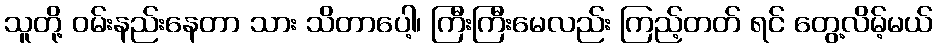
သူတို့ ဝမ်းနည်းနေတာ သား သိတာပေါ့၊ ကြီးကြီးမေလည်း ကြည့်တတ် ရင် တွေ့လိမ့်မယ်